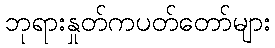
ဘုရားနှုတ်ကပတ်တော်များ